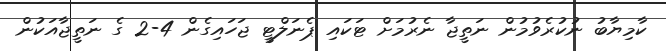
ކާމިޔާބު ނުކުރެވުމުން ނަތީޖާ ނެރުމަށް ޓަކައި ޕެނަލްޓީ ޖަހައިގެން 4-2 ގެ ނަތީޖާއަކުން